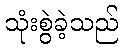
သုံးစွဲခဲ့သည်